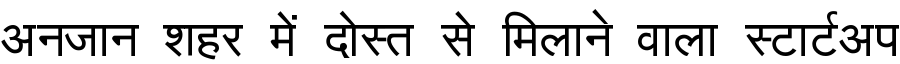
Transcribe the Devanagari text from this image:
अनजान शहर में दोस्त से मिलाने वाला स्टार्टअप